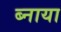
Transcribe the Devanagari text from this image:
ब्नाया